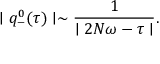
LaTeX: \mid q _ { - } ^ { 0 } ( \tau ) \mid \sim \frac { 1 } { \mid 2 N \omega - \tau \mid } .